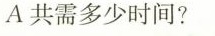
A共需多少时间?